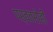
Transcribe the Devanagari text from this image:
पर्वतरोही